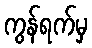
ကွန်ရက်မှ